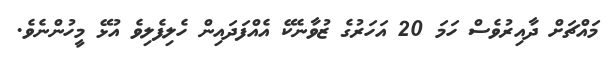
މައްޗަށް ދާއިރުވެސް ހަމަ 20 އަހަރުގެ ޒުވާނެކޭ އެއްފަދައިން ހެލިފެލިވެ އުޅޭ މީހުންނެވެ.